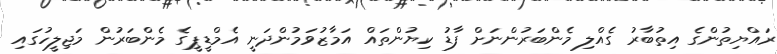
ރައްޔިތުންގެ އިތުބާރު ގެއްލި މެންބަރުންނަށް ފާޑު ކިޔުންތައް އަމާޒުވަމުންދަނީ އެމްޑީޕީގެ މެންބަރުން މަޖިލީހުގައި